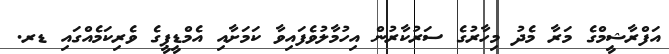
އަފްރާޝީމްގެ މަރާ މެދު މިހާރުގެ ސަރުކާރުން އިހުމާލުވެފައިވާ ކަމަށާއި އެމްޑީޕީގެ ވެރިކަމެއްގައި ޑރ.